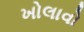
ખોલાવો